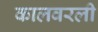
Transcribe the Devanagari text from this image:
कालवरली